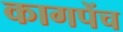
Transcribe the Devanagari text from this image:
कागपेंच